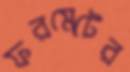
ফরমেটের